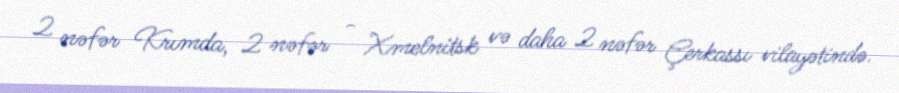
2 nəfər Krımda, 2 nəfər - Xmelnitsk və daha 2 nəfər Çerkassı vilayətində.